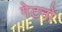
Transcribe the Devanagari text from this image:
गेटनो